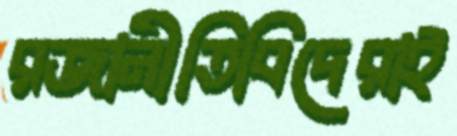
রজানীতিবিদেরাই